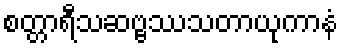
စတ္တာရီသဆဗ္ဗဿသတာယုကာနံ